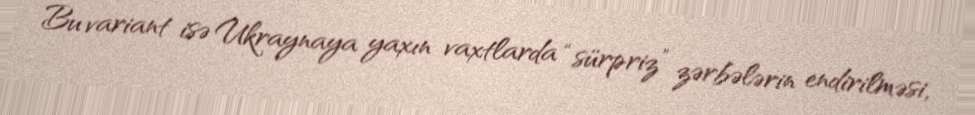
Bu variant isə Ukraynaya yaxın vaxtlarda “sürpriz” zərbələrin endirilməsi,